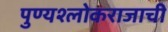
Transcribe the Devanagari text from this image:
पुण्यश्लोकराजाची